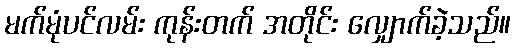
မက်မုံပင်လမ်း ကုန်းတက် အတိုင်း လျှောက်ခဲ့သည်။